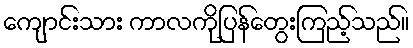
ကျောင်းသား ကာလကိုပြန်တွေးကြည့်သည်။